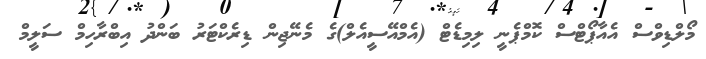
މޯލްޑިވްސް އެއާޕޯޓްސް ކޮމްޕެނީ ލިމިޑެޓް (އެމްއޭސީއެލް)ގެ މެނޭޖިން ޑިރެކްޓަރު ބަންދު އިބްރާހިމް ސަލީމް